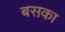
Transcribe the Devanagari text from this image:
बसका